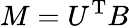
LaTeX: M=U^{\mathrm{T}}B